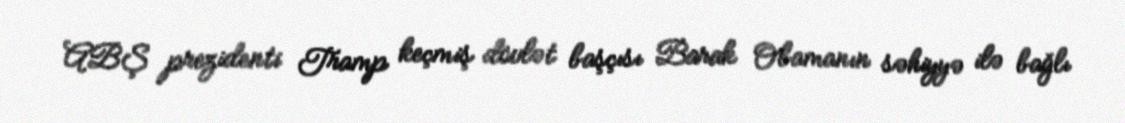
ABŞ prezidenti Tramp keçmiş dövlət başçısı Barak Obamanın səhiyyə ilə bağlı